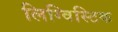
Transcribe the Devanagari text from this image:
लिग्विस्टिक